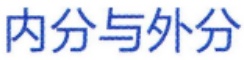
内分与外分